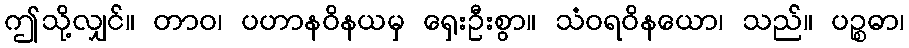
ဤသို့လျှင်။ တာဝ၊ ပဟာနဝိနယမှ ရှေးဦးစွာ။ သံဝရဝိနယော၊ သည်။ ပဉ္စဓာ၊